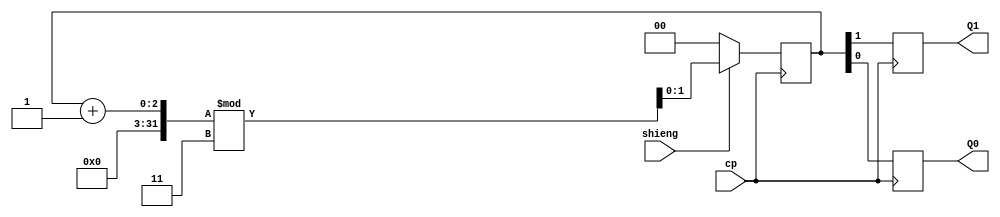
`timescale 1ns / 1ps
//////////////////////////////////////////////////////////////////////////////////
// Company: 
// Engineer: 
// 
// Design Name: 
// Module Name: counter
// Project Name: 
// Target Devices: 
// Tool Versions: 
// Description: 
// 
// Dependencies: 
// 
// Revision:
// Revision 0.01 - File Created
// Additional Comments:
// 
//////////////////////////////////////////////////////////////////////////////////


module counter(cp, shieng, Q0,Q1);

input cp, shieng;
output reg Q0,Q1;
reg [1:0]Counter;
initial
begin
Counter=0;
end
always @(posedge cp)
begin
  if(!shieng)
   begin Counter <= 0; end
  else
  begin    Counter <= (Counter + 1) % 3; end
  
{Q1,Q0}<=Counter;
end

endmodule